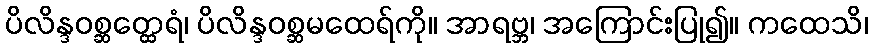
ပိလိန္ဒဝစ္ဆတ္ထေရံ၊ ပိလိန္ဒဝစ္ဆမထေရ်ကို။ အာရဗ္ဘ၊ အကြောင်းပြု၍။ ကထေသိ၊